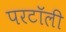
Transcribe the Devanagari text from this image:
परटॉली